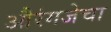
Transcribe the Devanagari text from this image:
औरंगजेचा